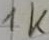
Text: 1K